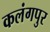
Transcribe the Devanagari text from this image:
कलंगपुर